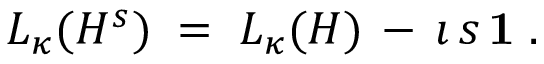
L _ { \kappa } ( H ^ { s } ) \; = \; L _ { \kappa } ( H ) \, - \, \imath \, s \, { \bf 1 } \; .